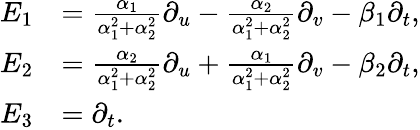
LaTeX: \begin{array}{rl}{E_{1}}&{=\frac{\alpha_{1}}{\alpha_{1}^{2}+\alpha_{2}^{2}}\partial_{u}-\frac{\alpha_{2}}{\alpha_{1}^{2}+\alpha_{2}^{2}}\partial_{v}-\beta_{1}\partial_{t},}\\ {E_{2}}&{=\frac{\alpha_{2}}{\alpha_{1}^{2}+\alpha_{2}^{2}}\partial_{u}+\frac{\alpha_{1}}{\alpha_{1}^{2}+\alpha_{2}^{2}}\partial_{v}-\beta_{2}\partial_{t},}\\ {E_{3}}&{=\partial_{t}.}\end{array}